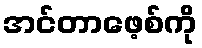
အင်တာဖေ့စ်ကို